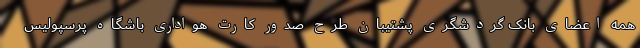
همه اعضای بانک گردشگری پشتیبان طرح صدور کارت هواداری باشگاه پرسپولیس